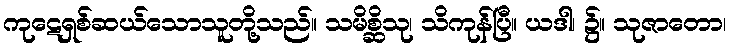
ကုဋေရှစ်ဆယ်သောသူတို့သည်။ သမိစ္ဆိသု၊ သိကုန်ပြီ။ ယဒါ၊ ၌။ သုဇာတော၊